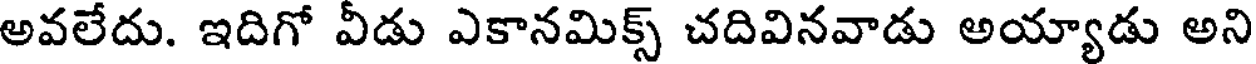
అవలేదు. ఇదిగో వీడు ఎకానమిక్స్ చదివినవాడు అయ్యాడు అని